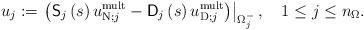
LaTeX: \begin{align*}u_{j}:=\left. \left( \mathsf{S}_{j}\left( s\right) u_{\operatorname*{N};j}^{\operatorname*{mult}}-\mathsf{D}_{j}\left( s\right)u_{\operatorname*{D};j}^{\operatorname*{mult}}\right) \right\vert_{\Omega_{j}^{-}},\quad1\leq j\leq n_{\Omega}.\end{align*}